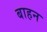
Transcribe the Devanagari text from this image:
बाहन